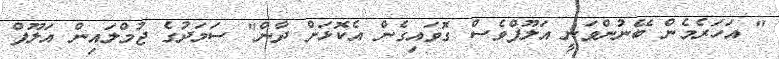
" އަހަރެމެން ބޭނުންވަނީ އަލޫފްވެސް ގޮވައިގެން އެކޮޅަށް ދާން" ސަމަދުގެ ޖުމްލައިން އަލޫފް